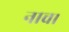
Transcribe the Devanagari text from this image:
नाच।